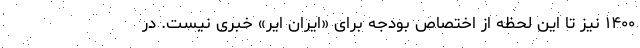
۱۴۰۰ نیز تا این لحظه از اختصاص بودجه برای «ایران ایر» خبری نیست. در